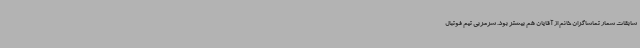
سابقات شمار تماشاگران خانم از آقایان هم بیشتر بود. سرمربی تیم فوتبال